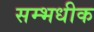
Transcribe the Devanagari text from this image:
सम्भधीक